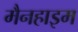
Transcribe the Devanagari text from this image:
मैनहाइम